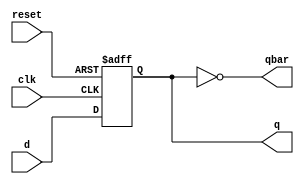
module d_ff(d,clk,q,qbar,reset);
input d;
input clk;
input reset;
output reg q;
output qbar;
assign qbar = ~q;

always @ (negedge clk or posedge reset)
  if (reset)
    q <= 1'b0;
  else
    q <= d; 

endmodule